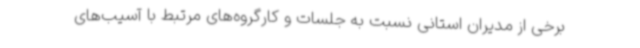
برخی از مدیران استانی نسبت به جلسات و کارگروه‌های مرتبط با آسیب‌های